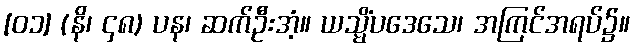
[၀၁] (နိ၊ ၄၈) ပန၊ ဆက်ဦးအံ့။ ယသ္မိံပဒေသေ၊ အကြင်အရပ်၌။